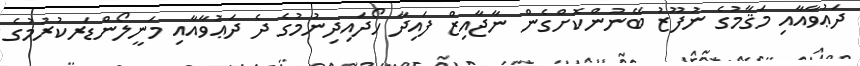
ދަޢުވާއާއި މަޤާމުގެ ނުފޫޒު ބޭނުންކޮށްގެން ނާޖާއިޒް ފައިދާ ހޯދައިދިނުމުގެ ދެ ދަޢުވާއާއި މަނީލޯންޑަރކުރުމުގެ